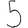
Digit: 5